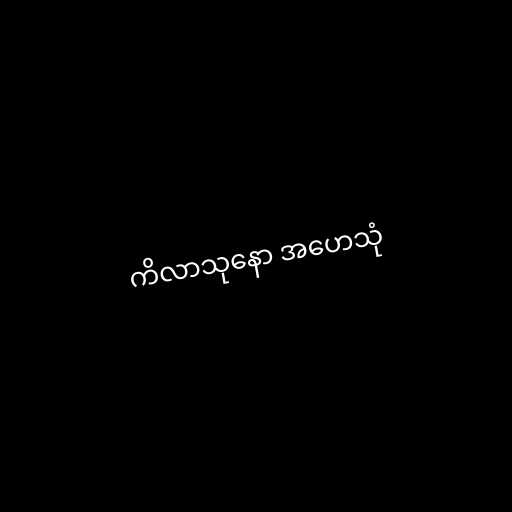
ကိလာသုနော အဟေသုံ